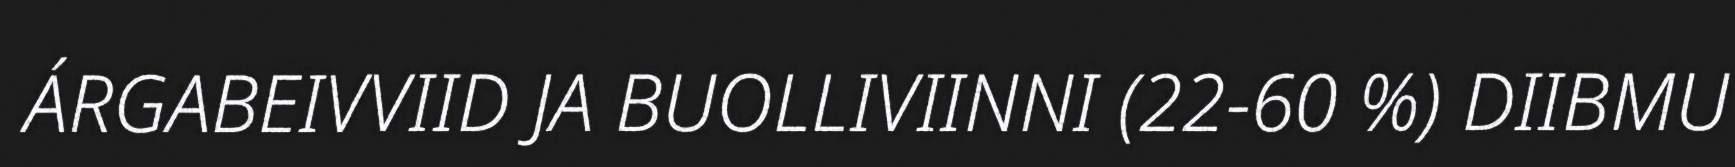
ÁRGABEIVVIID JA BUOLLIVIINNI (22-60 %) DIIBMU